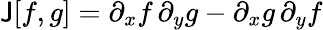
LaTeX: \mathsf{J}[f,g]=\partial_{x}f\, \partial_{y}g-\partial_{x}g\, \partial_{y}f